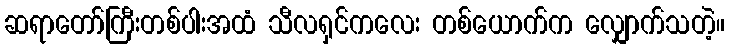
ဆရာတော်ကြီးတစ်ပါးအထံ သီလရှင်ကလေး တစ်ယောက်က လျှောက်သတဲ့။